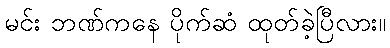
မင်း ဘဏ်ကနေ ပိုက်ဆံ ထုတ်ခဲ့ပြီလား။